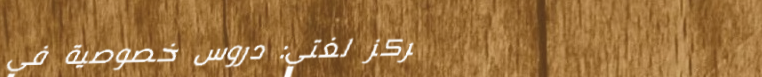
مركز لغتي: دروس خصوصية في